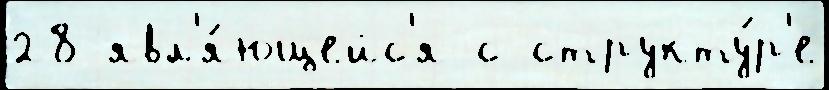
28 явл'я́ющейс'я с структу́р'е